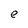
Character: e